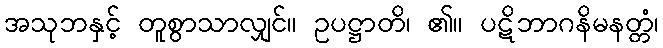
အသုဘနှင့် တူစွာသာလျှင်။ ဥပဋ္ဌာတိ၊ ၏။ ပဋိဘာဂနိမနတ္တံ၊